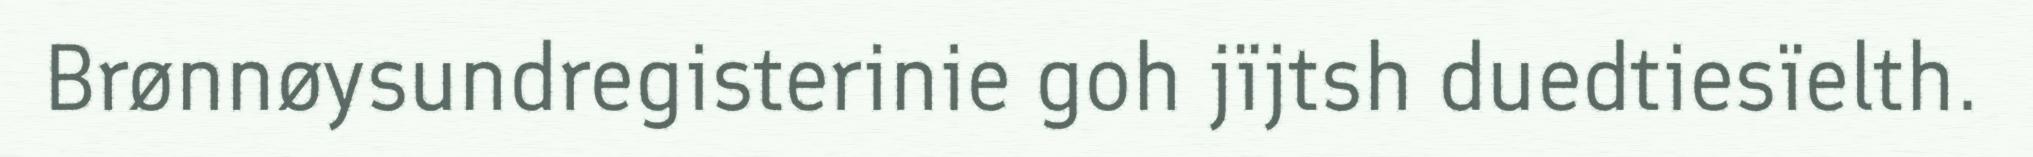
Brønnøysundregisterinie goh jïjtsh duedtiesïelth.